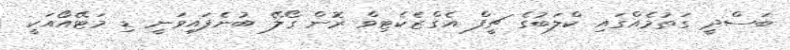
ބަސްދީ ގަތުމެއްގައި ކްލަބުގެ ޗީފް އެގްޒެކެޓިވް ރޮން ގޯލޭ ބުނެފައިވަނީ ޑި މަޓޭއޯއަކީ